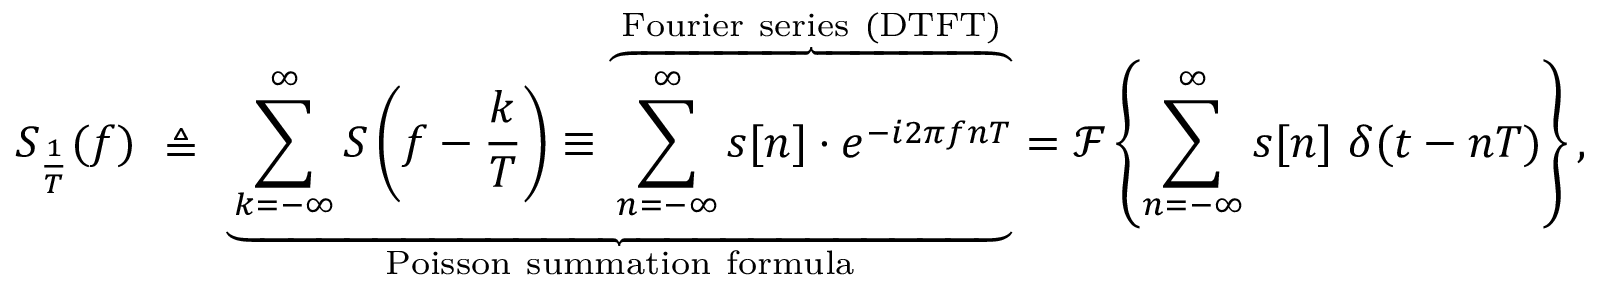
S _ { \frac { 1 } { T } } ( f ) \ \triangleq \ \underbrace { \sum _ { k = - \infty } ^ { \infty } S \left( f - { \frac { k } { T } } \right) \equiv \overbrace { \sum _ { n = - \infty } ^ { \infty } s [ n ] \cdot e ^ { - i 2 \pi f n T } } ^ { \mathrm { F o u r i e r ~ s e r i e s ~ ( D T F T ) } } } _ { \mathrm { P o i s s o n ~ s u m m a t i o n ~ f o r m u l a } } = { \mathcal { F } } \left\{ \sum _ { n = - \infty } ^ { \infty } s [ n ] \ \delta ( t - n T ) \right\} ,